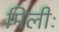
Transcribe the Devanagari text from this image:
मिलीः